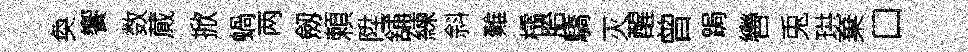
奐饗数蕆掀蝸两劔頼陞舖練斜難櫺胎驕灭醒曾跼轡兎珙棄口